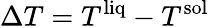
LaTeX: \Delta T=T^{\mathrm{liq}}-T^{\mathrm{sol}}